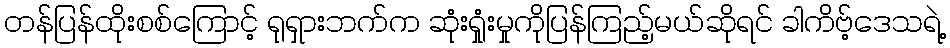
တန်ပြန်ထိုးစစ်ကြောင့် ရုရှားဘက်က ဆုံးရှုံးမှုကိုပြန်ကြည့်မယ်ဆိုရင် ခါကိဗ့်ဒေသရဲ့